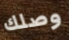
وصلك